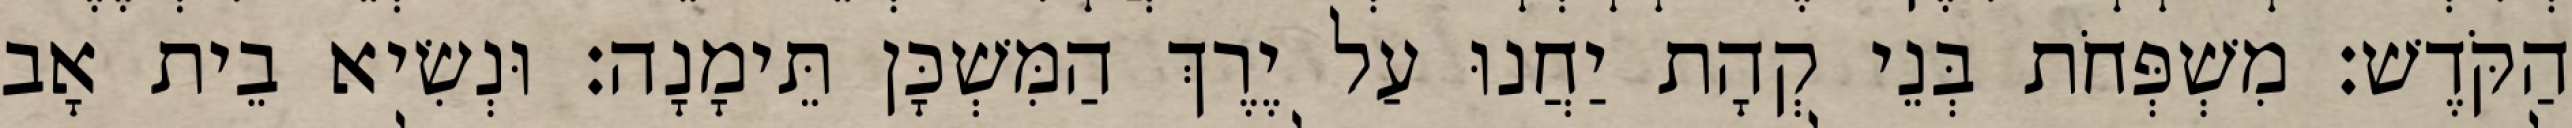
הַקֹּדֶשׁ׃ מִשְׁפְּחֹת בְּנֵי קְהָת יַחֲנוּ עַל יֶרֶךְ הַמִּשְׁכָּן תֵּימָנָה׃ וּנְשִׂיא בֵית אָב